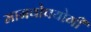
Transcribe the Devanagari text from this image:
मानवोपयोगी